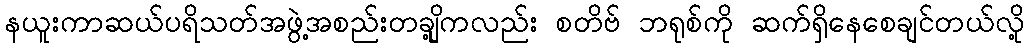
နယူးကာဆယ်ပရိသတ်အဖွဲ့အစည်းတချို့ကလည်း စတိဗ် ဘရုစ်ကို ဆက်ရှိနေစေချင်တယ်လို့